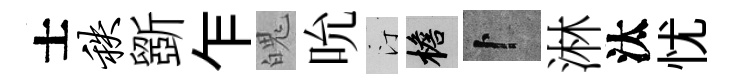
士秩斵乍魄吮汀檐卜淋汰忧